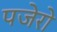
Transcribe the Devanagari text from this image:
पजेरो